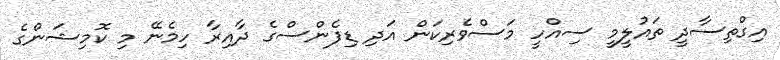
އިގްތިސާދީ ތައުލީމީ ސިއްހީ މަސްވެރިކަން އަދި ޑިފެންސްގެ ދާއިރާ ހިމެނޭ މި ކޮމިޝަންގެ